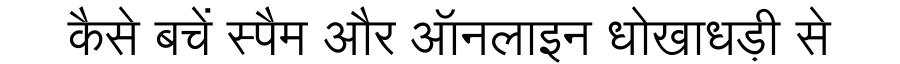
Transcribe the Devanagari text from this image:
कैसे बचें स्पैम और ऑनलाइन धोखाधड़ी से